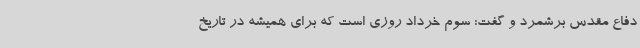
دفاع مقدس برشمرد و گفت: سوم خرداد روزی است که برای همیشه در تاریخ